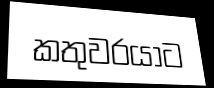
කතුවරයාට